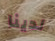
لدينا